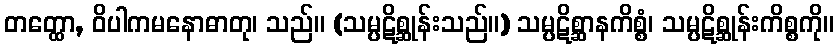
တတ္ထော, ဝိပါကမနောဓာတု၊ သည်။ (သမ္ပဋိစ္ဆုန်းသည်။) သမ္ပဋိစ္ဆာနကိစ္စံ၊ သမ္ပဋိစ္ဆုန်းကိစ္စကို။